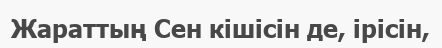
Жараттың Сен кішісін де, ірісін,